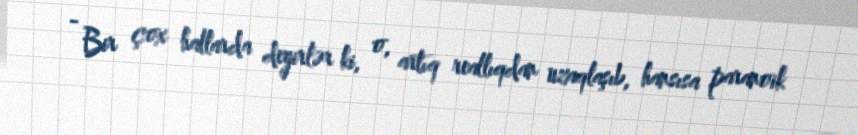
- Bir çox hallarda deyirlər ki, o, artıq reallıqdan uzaqlaşıb, hansısa paranoik